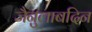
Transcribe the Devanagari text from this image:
जैनुलाबदिन